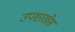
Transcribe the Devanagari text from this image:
उपशाखेस